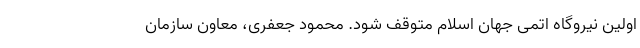
اولین نیروگاه اتمی جهان اسلام متوقف شود. محمود جعفری، معاون سازمان